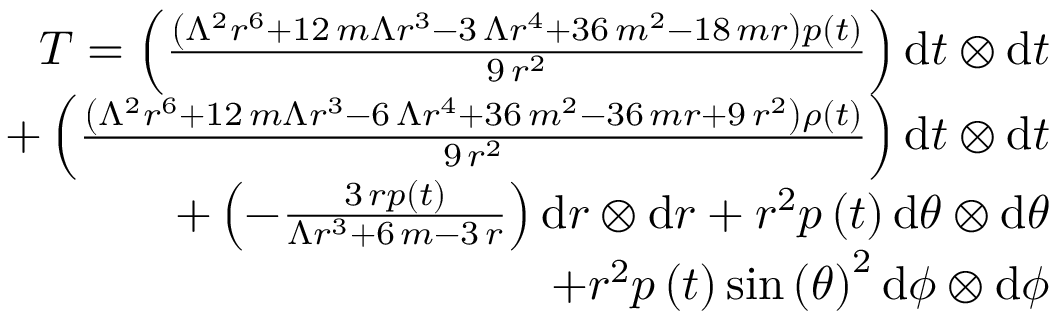
\begin{array} { r } { T = \left( \frac { { \left( \Lambda ^ { 2 } r ^ { 6 } + 1 2 \, m \Lambda r ^ { 3 } - 3 \, \Lambda r ^ { 4 } + 3 6 \, m ^ { 2 } - 1 8 \, m r \right) } p \left( t \right) } { 9 \, r ^ { 2 } } \right) \mathrm { d } t \otimes \mathrm { d } t } \\ { + \left( \frac { { \left( \Lambda ^ { 2 } r ^ { 6 } + 1 2 \, m \Lambda r ^ { 3 } - 6 \, \Lambda r ^ { 4 } + 3 6 \, m ^ { 2 } - 3 6 \, m r + 9 \, r ^ { 2 } \right) \rho ( t ) } } { 9 \, r ^ { 2 } } \right) \mathrm { d } t \otimes \mathrm { d } t } \\ { + \left( - \frac { 3 \, r p \left( t \right) } { \Lambda r ^ { 3 } + 6 \, m - 3 \, r } \right) \mathrm { d } r \otimes \mathrm { d } r + r ^ { 2 } p \left( t \right) \mathrm { d } { \theta } \otimes \mathrm { d } { \theta } } \\ { + r ^ { 2 } p \left( t \right) \sin \left( { \theta } \right) ^ { 2 } \mathrm { d } { \phi } \otimes \mathrm { d } { \phi } } \end{array}